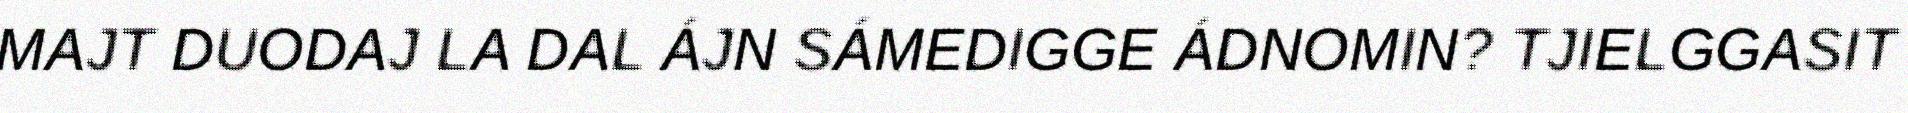
MAJT DUODAJ LA DAL ÁJN SÁMEDIGGE ÁDNOMIN? TJIELGGASIT